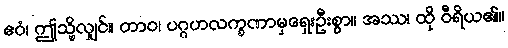
ဧဝံ၊ ဤသို့လျှင်။ တာဝ၊ ပဂ္ဂဟလက္ခဏာမှရှေးဦးစွာ။ အဿ၊ ထို ဝီရိယ၏။